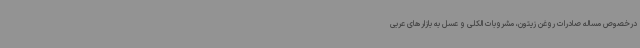
درخصوص مساله صادرات روغن زیتون، مشروبات الکلی و عسل به بازارهای عربی